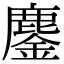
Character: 鏖